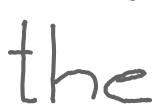
Text: the
Cross-out: clean
Writing tool: digital_gray